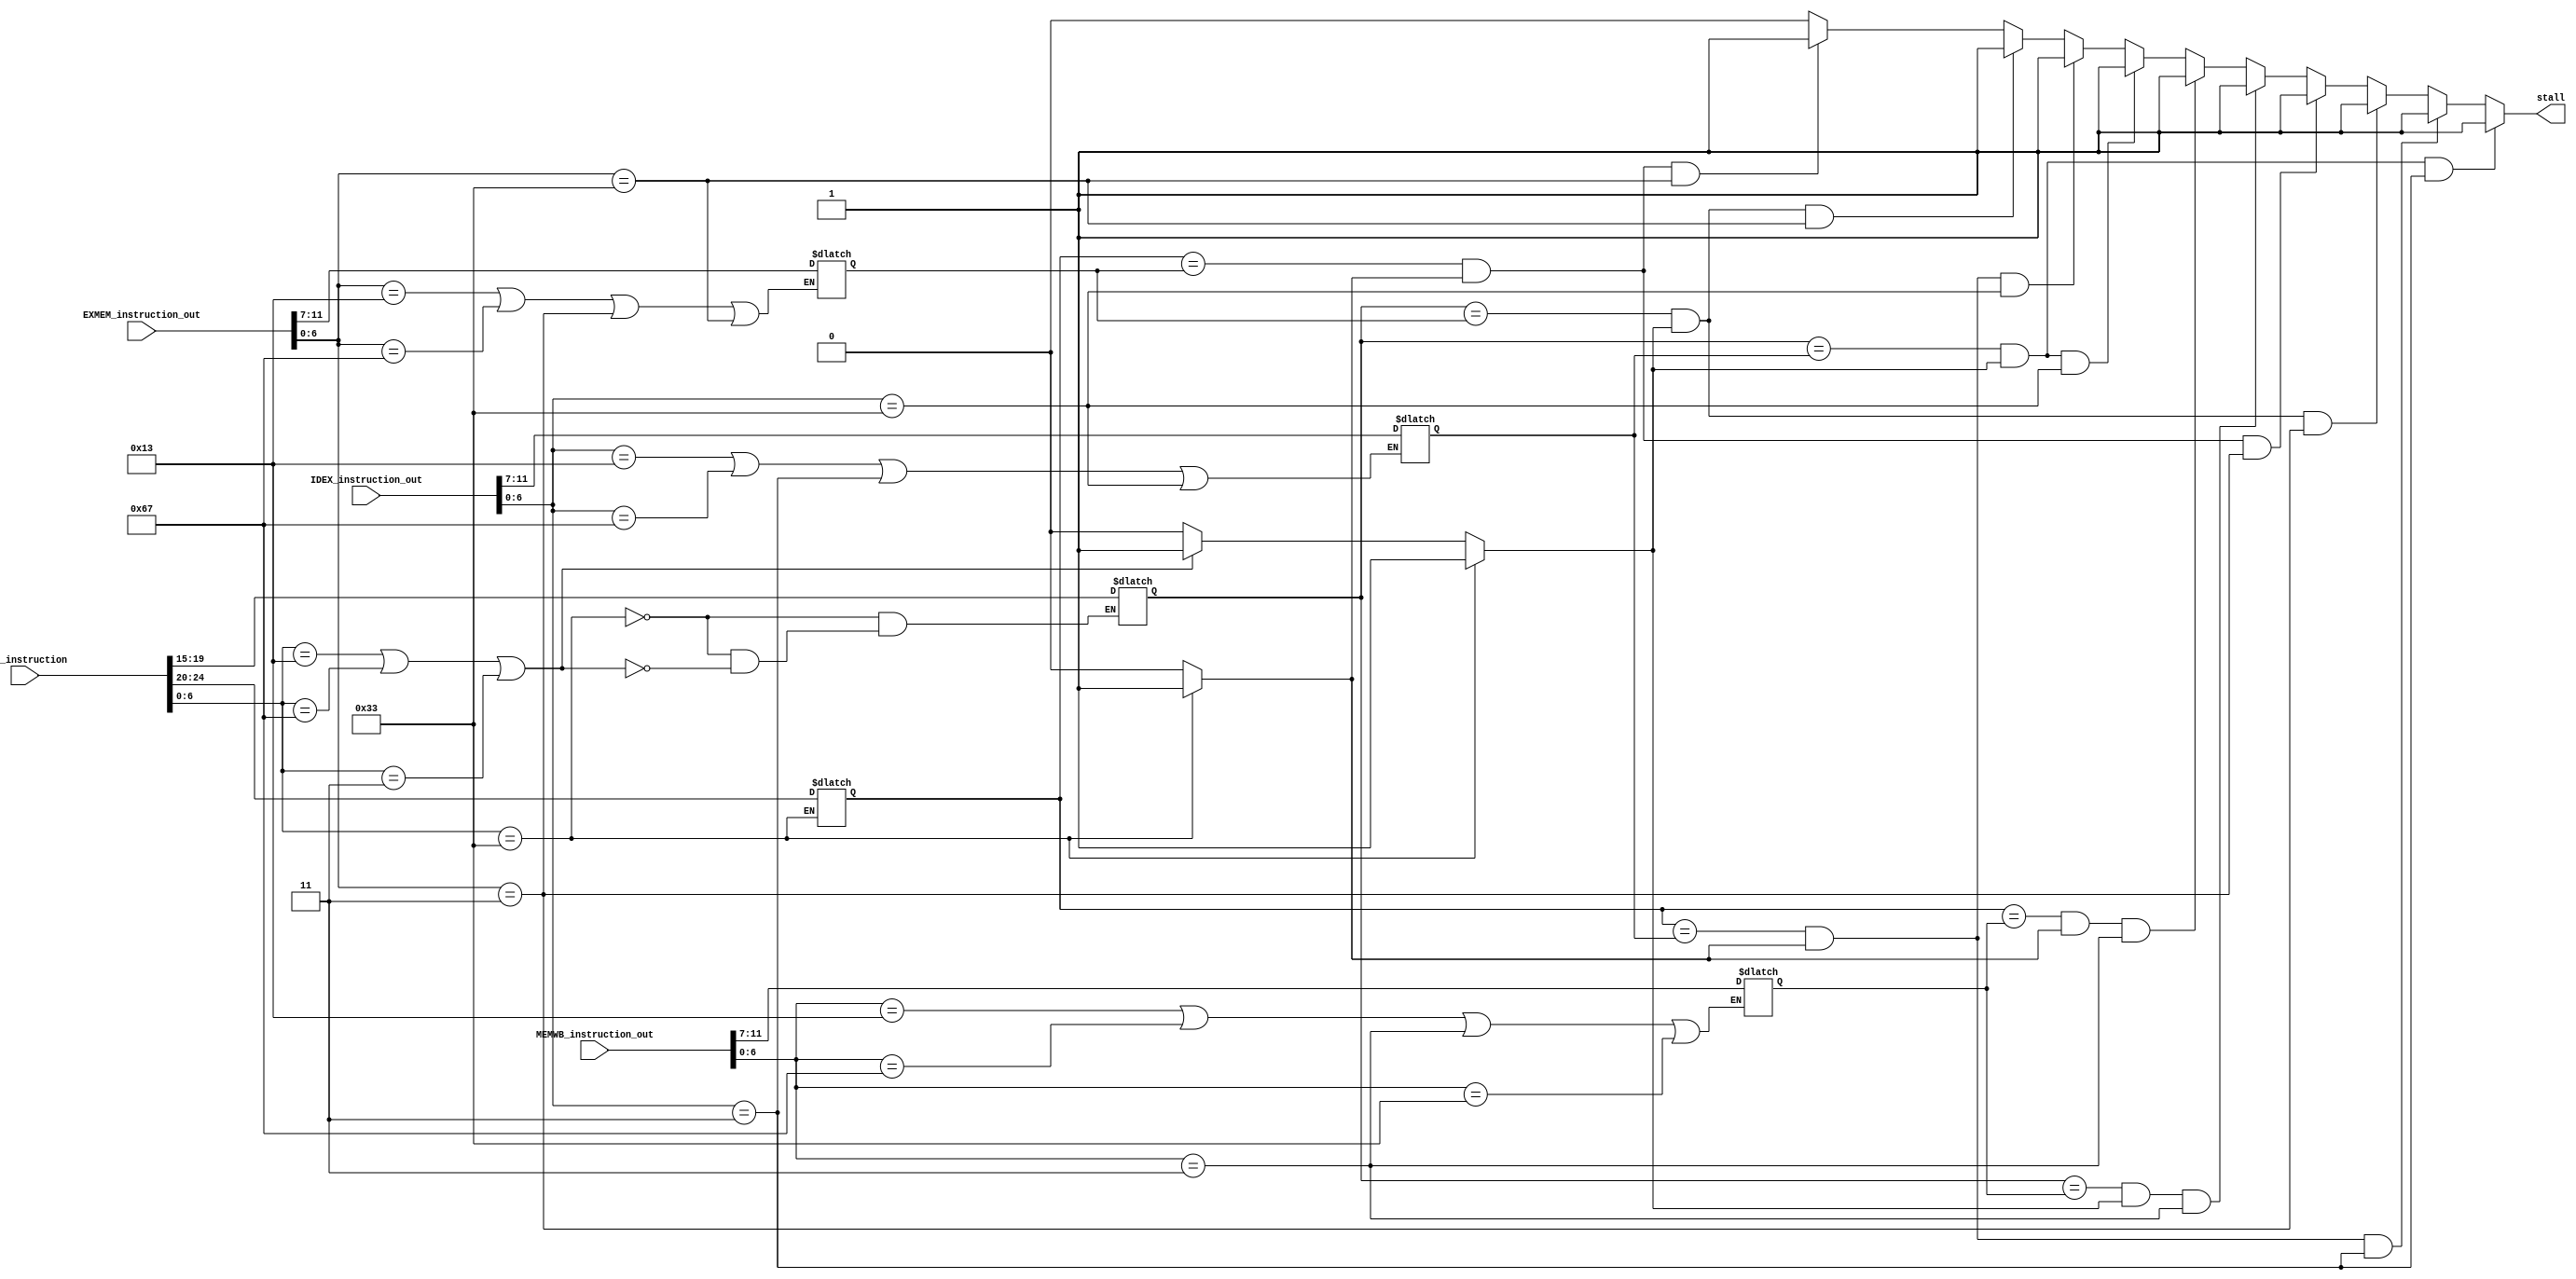
module stall_controller(
    input [31:0] new_instruction,
    input [31:0] IDEX_instruction_out,
    input [31:0] EXMEM_instruction_out,
    input [31:0] MEMWB_instruction_out,
    output reg stall
);

// Extracting opcode from the new_instruction
reg [6:0] opcode_new;
reg [4:0] rs1_new, rs2_new;
reg re1, re2;

always @* begin
    opcode_new = new_instruction[6:0];
    if (opcode_new == 7'b0110011) begin  // R-type
        rs1_new = new_instruction[19:15];
        re1 = 1'b1;
        rs2_new = new_instruction[24:20];
        re2 = 1'b1;
    end
    else if (opcode_new == 7'b0010011 || opcode_new == 7'b1100111 || opcode_new == 7'b0000011) begin // I-type and jalr and load
        rs1_new = new_instruction[19:15];
        re1 = 1'b1;
        re2 = 1'b0;
    end
    else begin
        re1 = 1'b0;
        re2 = 1'b0;
    end
end

// Extracting opcode from the IDEX_instruction_out
reg [6:0] opcode_IDEX;
reg weEX;
reg [4:0] rd_IDEX;

always @* begin
    opcode_IDEX = IDEX_instruction_out[6:0];
    if (opcode_IDEX == 7'b0010011 || opcode_IDEX == 7'b1100111 || opcode_IDEX == 7'b0000011 || opcode_IDEX == 7'b0110011) begin 
        weEX = 1'b1;
        rd_IDEX = IDEX_instruction_out[11:7];
    end
    else begin
        weEX = 1'b0;
    end
end

// Extracting opcode from the EXMEM_instruction_out
reg [6:0] opcode_EXMEM;
reg weMEM;
reg [4:0] rd_EXMEM;

always @* begin
    opcode_EXMEM = EXMEM_instruction_out[6:0];
    if (opcode_EXMEM == 7'b0010011 || opcode_EXMEM == 7'b1100111 || opcode_EXMEM == 7'b0000011 || opcode_EXMEM == 7'b0110011) begin 
        weMEM = 1'b1;
        rd_EXMEM = EXMEM_instruction_out[11:7];
    end
    else begin
        weMEM = 1'b0;
    end
end

// Extracting opcode from the MEMWB_instruction_out
reg [6:0] opcode_MEMWB;
reg weWB;
reg [4:0] rd_MEMWB;

always @* begin
    opcode_MEMWB = MEMWB_instruction_out[6:0];
    if (opcode_MEMWB == 7'b0010011 || opcode_MEMWB == 7'b1100111 || opcode_MEMWB == 7'b0000011 || opcode_MEMWB == 7'b0110011) begin 
        weWB = 1'b1;
        rd_MEMWB = MEMWB_instruction_out[11:7];
    end
    else begin
        weWB = 1'b0;
    end
end

// Logic for stalling
always @* begin
    // Default: No stall
    stall = 0;
    if ((rs1_new == rd_IDEX) && (re1 == 1'b1) && (opcode_IDEX == 7'b0000011)) begin
        // Data hazard detected, insert stall
        stall = 1;
    end
    else if ((rs2_new == rd_IDEX) && (re2 == 1'b1) && (opcode_IDEX == 7'b0000011)) begin
        // Data hazard detected, insert stall
        stall = 1;
    end


    else if ((rs1_new == rd_EXMEM) && (re1 == 1'b1) && (opcode_EXMEM == 7'b0000011)) begin
        // Data hazard detected, insert stall
        stall = 1;
    end
    else if ((rs2_new == rd_EXMEM) && (re2 == 1'b1) && (opcode_EXMEM == 7'b0000011)) begin
        // Data hazard detected, insert stall
        stall = 1;
    end


    else if ((rs1_new == rd_MEMWB) && (re1 == 1'b1) && (opcode_MEMWB == 7'b0000011)) begin
        // Data hazard detected, insert stall
        stall = 1;
    end
    else if ((rs2_new == rd_MEMWB) && (re2 == 1'b1) && (opcode_MEMWB == 7'b0000011)) begin
        // Data hazard detected, insert stall
        stall = 1;
    end


    else if ((rs1_new == rd_IDEX) && (re1 == 1'b1) && (opcode_IDEX == 7'b0110011)) begin
        // Data hazard detected, insert stall
        stall = 1;
    end
    else if ((rs2_new == rd_IDEX) && (re2 == 1'b1) && (opcode_IDEX == 7'b0110011)) begin
        // Data hazard detected, insert stall
        stall = 1;
    end


    else if ((rs1_new == rd_EXMEM) && (re1 == 1'b1) && (opcode_EXMEM == 7'b0110011)) begin
        // Data hazard detected, insert stall
        stall = 1;
    end
    else if ((rs2_new == rd_EXMEM) && (re2 == 1'b1) && (opcode_EXMEM == 7'b0110011)) begin
        // Data hazard detected, insert stall
        stall = 1;
    end
    else begin
        stall = 0;
    end
end

endmodule